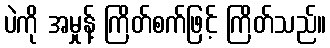
ပဲကို အမှုန့် ကြိတ်စက်ဖြင့် ကြိတ်သည်။